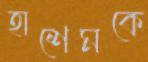
হাশেমকে